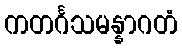
ကတင်္ဂသမန္နာဂတံ